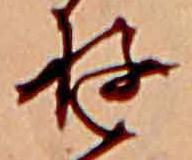
ゆ